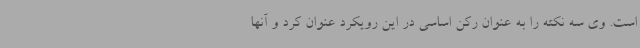
است. وی سه نکته را به عنوان رکن اساسی در این رویکرد عنوان کرد و آنها